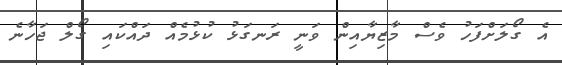
އެ ގޯލަށްފަހު ވެސް މާޒިޔާއިން ވަނީ ރަނގަޅު ކުޅުމެއް ދައްކައި ގޯލް ޖަހާނެ